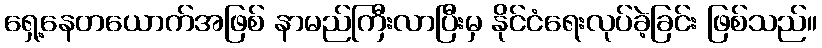
ရှေ့နေတယောက်အဖြစ် နာမည်ကြီးလာပြီးမှ နိုင်ငံရေးလုပ်ခဲ့ခြင်း ဖြစ်သည်။